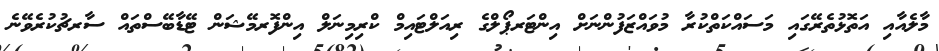
މާލެއާއި އަތޮޅުތެރޭގައި މަސައްކަތްކުރާ މުވައްޒަފުންނަށް އިންޓަރޕޯލްގެ ރިއަލްޓައިމް ކްރިމިނަލް އިންފޮރމޭޝަން ޓޭޑާބޭސްތައް ސާރޗުކުރެވޭނެ